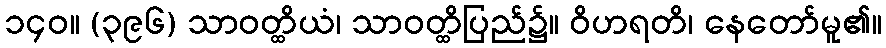
၁၄၀။ (၃၉၆) သာဝတ္ထိယံ၊ သာဝတ္ထိပြည်၌။ ဝိဟရတိ၊ နေတော်မူ၏။